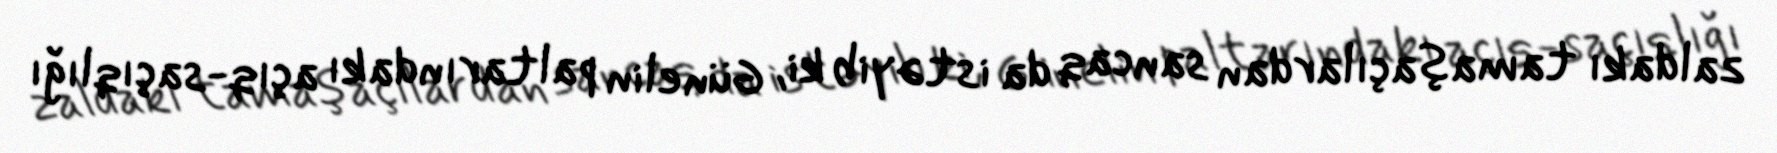
zaldakı tamaşaçılardan sancaq da istəyib ki, Günelin paltarındakı açıq-saçıqlığı